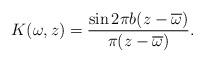
LaTeX: \begin{align*} K(\omega,z)=\dfrac{\sin2\pi b(z-\overline{\omega})}{\pi(z-\overline{\omega})}. \end{align*}